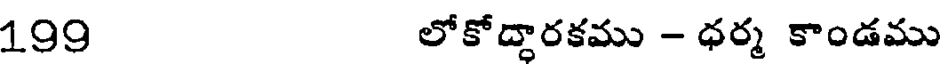
199 లోకోద్దారకము - ధర్మ కాండము